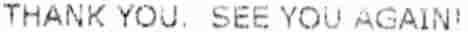
THANK YOU. SEE YOU AGAIN!